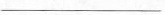
___